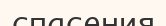
спасения